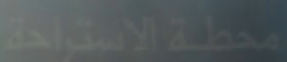
محطة الاستراحة